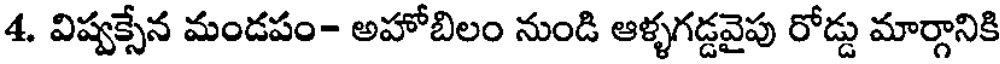
4. విష్వక్సేన మండపం- అహోబిలం నుండి ఆళ్ళగడ్డవైపు రోడ్డు మార్గానికి